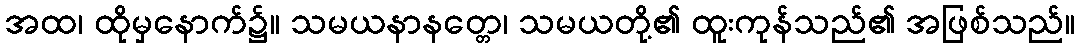
အထ၊ ထိုမှနောက်၌။ သမယနာနတ္တေ၊ သမယတို့၏ ထူးကုန်သည်၏ အဖြစ်သည်။